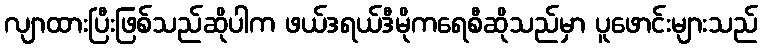
လျာထားပြီးဖြစ်သည်ဆိုပါက ဖယ်ဒရယ်ဒီမိုကရေစီဆိုသည်မှာ ပူဖောင်းများသည်